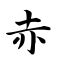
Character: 赤